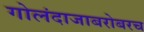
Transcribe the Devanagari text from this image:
गोलंदाजाबरोबरच